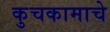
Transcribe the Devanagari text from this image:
कुचकामाचे